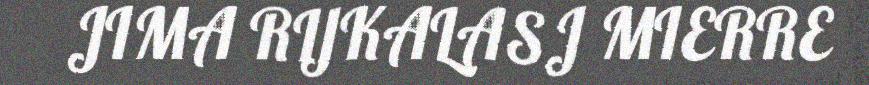
JIMA RIJKALASJ MIERRE